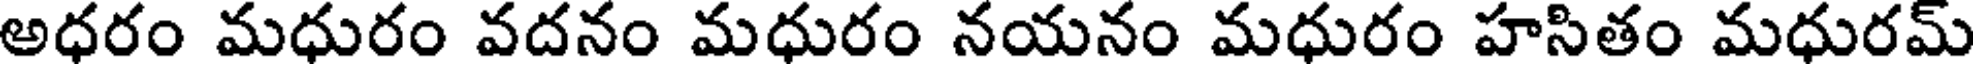
అధరం మధురం వదనం మధురం నయనం మధురం హసితం మధురమ్